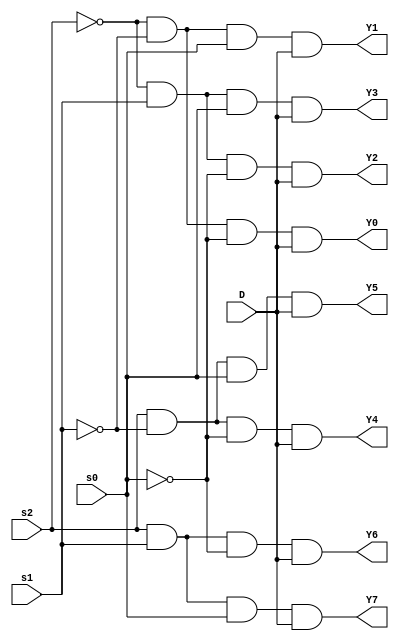
// Code for demux8_1
module demux_8_1(
  input D, 
  input s0,s1,s2,
  output Y0,Y1,Y2,Y3,Y4,Y5,Y6,Y7);
  wire inv0, inv1, inv2; 
  not  (inv0, s0);
  not  (inv1, s1);
  not  (inv2, s2);
// 3-input AND gates.
  and  (Y0, inv2, inv1, inv0, D );
  and  (Y1, inv2, inv1, s0, D );
  and  (Y2, inv2, s1, inv0, D );
  and  (Y3, inv2, s1, s0, D );
  and  (Y4, s2, inv1, inv0, D );
  and  (Y5, s2, inv1, s0, D );
  and  (Y6, s2, s1, inv0, D );
  and  (Y7, s2, s1, s0, D );
endmodule